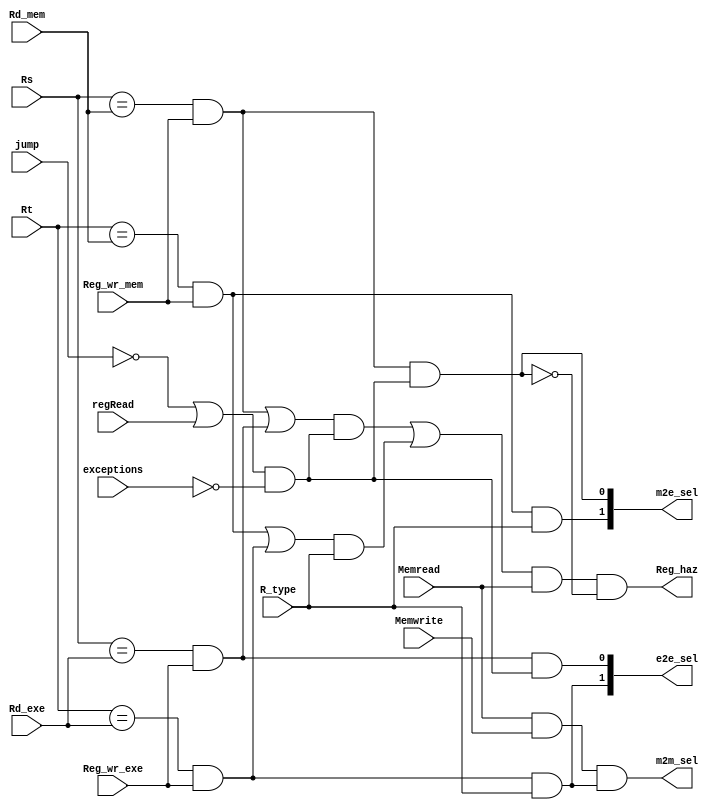
module hazard(Rs, Rt, Rd_mem, Rd_exe, Reg_wr_mem, Reg_wr_exe, jump, regRead, R_type, Reg_haz, exceptions, e2e_sel, m2e_sel, Memread, Memwrite, m2m_sel);
    // input
    input [2:0] Rs, Rt, Rd_exe, Rd_mem;
    input jump, regRead, R_type, Reg_wr_exe, Reg_wr_mem, exceptions, Memread, Memwrite;
    output [1:0] e2e_sel, m2e_sel;
    // output
    output Reg_haz, m2m_sel;
    // inner wires
    wire Rs_conf, Rs_read, Rt_conf, Rt_read, Reg_haz, m2m_haz;
    // Register write: Rs
    //assign Rs_conf = ((Rs == Rd_wb) & Reg_wr_wb) | ((Rs == Rd_mem) & Reg_wr_mem) | ((Rs == Rd_exe) & Reg_wr_exe);
    assign Rs_conf = ((Rs == Rd_mem) & Reg_wr_mem) | ((Rs == Rd_exe) & Reg_wr_exe);
    assign Rs_read = ((~jump) | regRead) & ~exceptions;
    // Register write: Rt
    //assign Rt_conf = ((Rt == Rd_wb) & Reg_wr_wb) | ((Rt == Rd_mem) & Reg_wr_mem) | ((Rt == Rd_exe) & Reg_wr_exe);
    assign Rt_conf = ((Rt == Rd_mem) & Reg_wr_mem) | ((Rt == Rd_exe) & Reg_wr_exe);
    assign Rt_read = R_type;

    //assign Reg_haz = ((Rs_conf & Rs_read)|(Rt_conf & Rt_read)) & (~((|e2e_sel)|(|m2e_sel)));
    // assign Reg_haz = ((Rs_conf & Rs_read)|(Rt_conf & Rt_read)) & Memread & (~Memwrite);
    // assign m2m_haz = Memread & Memwrite;
    // assign e2e_sel[0] = ((Rs == Rd_exe) & Reg_wr_exe) & Rs_read & ~m2m_haz;
    // assign e2e_sel[1] = ((Rt == Rd_exe) & Reg_wr_exe) & Rt_read & ~m2m_haz;

    // assign m2e_sel[0] = ((Rs == Rd_mem) & Reg_wr_mem) & Rs_read & ~m2m_haz;
    // assign m2e_sel[1] = ((Rt == Rd_mem) & Reg_wr_mem) & Rt_read & ~m2m_haz;

    // assign m2m_sel = (|e2e_sel) & m2m_haz;
    //assign Reg_haz = ((Rs_conf & Rs_read)|(Rt_conf & Rt_read)) & Memread;
    assign m2m_haz = Memread & Memwrite;
    assign e2e_sel[0] = ((Rs == Rd_exe) & Reg_wr_exe) & Rs_read;
    assign e2e_sel[1] = ((Rt == Rd_exe) & Reg_wr_exe) & Rt_read;

    assign m2e_sel[0] = ((Rs == Rd_mem) & Reg_wr_mem) & Rs_read;
    assign m2e_sel[1] = ((Rt == Rd_mem) & Reg_wr_mem) & Rt_read;

    //assign m2m_sel = 0;
    assign Reg_haz = ((Rs_conf & Rs_read)|(Rt_conf & Rt_read)) & Memread & (~m2e_sel);
    assign m2m_sel = Memread & Memwrite & (((Rt == Rd_exe) & Reg_wr_exe) & Rt_read);

endmodule